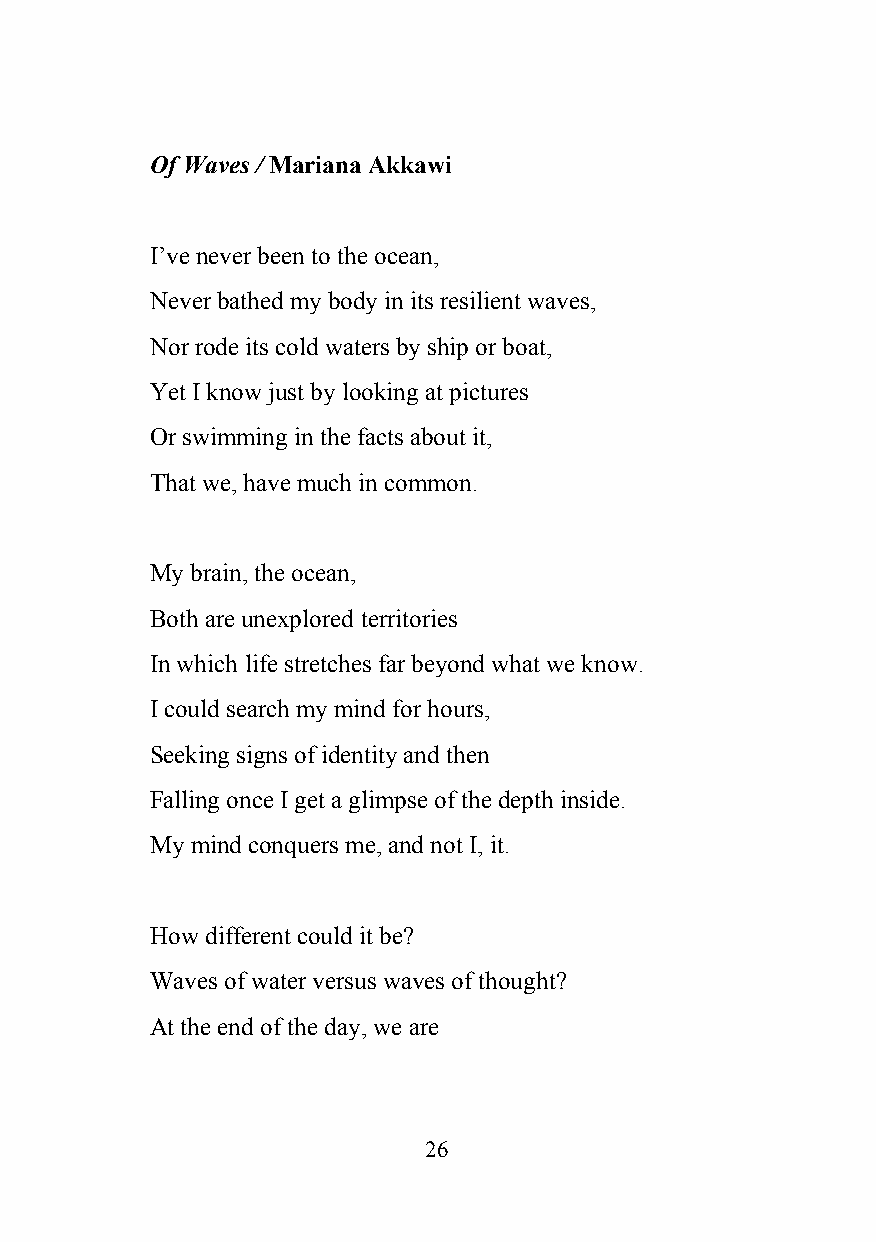
Of Waves / Mariana Akkawi
 ​
 I’ve never been to the ocean,
 Never bathed my body in its resilient waves,
 Nor rode its cold waters by ship or boat,
 Yet I know just by looking at pictures
 Or swimming in the facts about it,
 That we, have much in common.
 My brain, the ocean,
 Both are unexplored territories
 In which life stretches far beyond what we know.
 I could search my mind for hours,
 Seeking signs of identity and then
 Falling once I get a glimpse of the depth inside.
 My mind conquers me, and not I, it.
 How different could it be?
 Waves of water versus waves of thought?
 At the end of the day, we are
 26